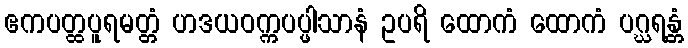
ဧကပတ္ထပူရမတ္တံ ဟဒယဝက္ကပပ္ဖါသာနံ ဥပရိ ထောကံ ထောကံ ပဂ္ဃရန္တံ